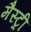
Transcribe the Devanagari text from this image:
मैस्ट्री